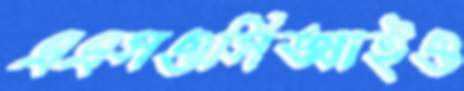
এএসওসিআইও